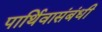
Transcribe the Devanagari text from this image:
पार्थिवासंबंधी